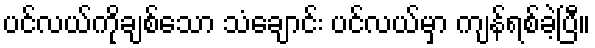
ပင်လယ်ကိုချစ်သော သံချောင်း ပင်လယ်မှာ ကျန်ရစ်ခဲ့ပြီ။